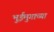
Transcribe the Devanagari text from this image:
भुईमुगाच्या